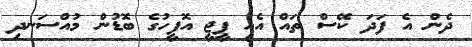
ދެން އެ ފަދަ ކޭސް ތައް އެއީ ޕީޖީ އޮފީހުގެ ބޮޑުން މުއްސަނދި